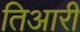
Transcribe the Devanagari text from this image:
तिआरी